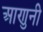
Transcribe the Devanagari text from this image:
आणुनी